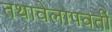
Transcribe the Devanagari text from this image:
तथावेलापवर्ती